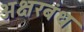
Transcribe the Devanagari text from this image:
अक्षरबंध